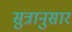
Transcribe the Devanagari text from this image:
सुत्रानुसार